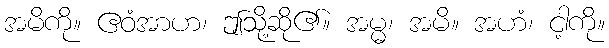
အမိကို။ ဧဝံအာဟ၊ ဤသို့ဆို၏။ အမ္မ၊ အမိ။ အဟံ၊ ငါ့ကို။